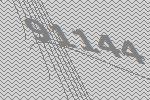
91144